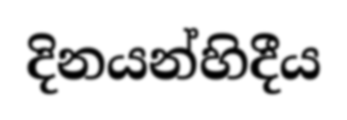
දිනයන්හිදීය